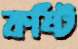
কষ্টি